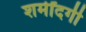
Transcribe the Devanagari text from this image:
शर्मींदगी